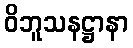
ဝိဘူသနဋ္ဌာနာ